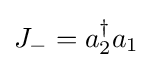
J_{-}=a_{2}^{\dagger }a_{1}